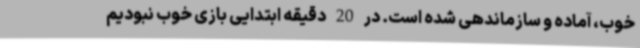
خوب، آماده و سازماندهی شده است. در 20 دقیقه ابتدایی بازی خوب نبودیم